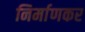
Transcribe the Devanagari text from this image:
निर्माणकर